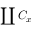
\coprod C _ { x }